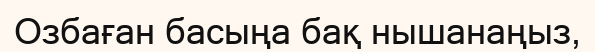
Озбаған басыңа бақ нышанаңыз,